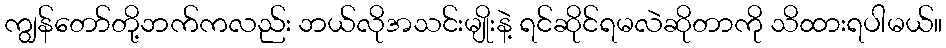
ကျွန်တော်တို့ဘက်ကလည်း ဘယ်လိုအသင်းမျိုးနဲ့ ရင်ဆိုင်ရမလဲဆိုတာကို သိထားရပါမယ်။